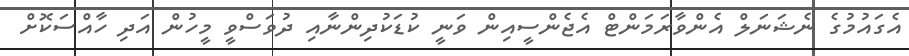
އެގައުމުގެ ނެޝަނަލް އެންވާރަމަންޓް އެޖެންސީއިން ވަނީ ކުޑަކުދިންނާއި ދުވަސްވީ މީހުން އަދި ހާއްސަކޮށް